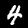
Label: 4